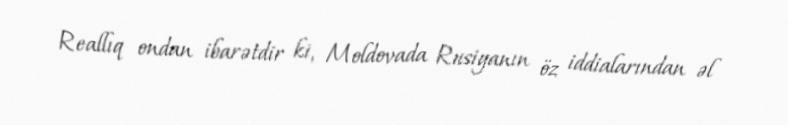
Reallıq ondan ibarətdir ki, Moldovada Rusiyanın öz iddialarından əl